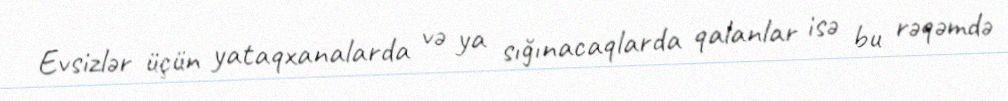
Evsizlər üçün yataqxanalarda və ya sığınacaqlarda qalanlar isə bu rəqəmdə